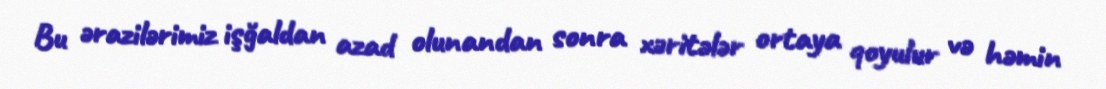
Bu ərazilərimiz işğaldan azad olunandan sonra xəritələr ortaya qoyulur və həmin